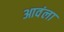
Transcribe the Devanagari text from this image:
आवंला